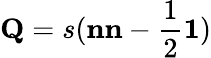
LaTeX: \mathbf{Q}=s(\mathbf{n}\mathbf{n}-\frac{1}{2}\mathbf{1})